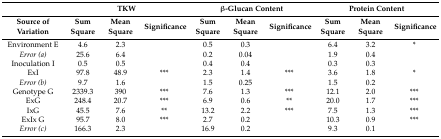
<table><thead><tr><td></td><td colspan="3"><b>TKW</b></td><td colspan="3"><b>β-Glucan Content</b></td><td colspan="3"><b>Protein Content</b></td></tr><tr><td><b>Source of Variation</b></td><td><b>Sum Square</b></td><td><b>Mean Square</b></td><td><b>Significance</b></td><td><b>Sum Square</b></td><td><b>Mean Square</b></td><td><b>Significance</b></td><td><b>Sum Square</b></td><td><b>Mean Square</b></td><td><b>Significance</b></td></tr></thead><tbody><tr><td>Environment E</td><td>4.6</td><td>2.3</td><td></td><td>0.5</td><td>0.3</td><td></td><td>6.4</td><td>3.2</td><td>*</td></tr><tr><td><i>Error (a)</i></td><td>25.6</td><td>6.4</td><td></td><td>0.2</td><td>0.04</td><td></td><td>1.9</td><td>0.4</td><td></td></tr><tr><td>Inoculation I</td><td>0.5</td><td>0.5</td><td></td><td>0.4</td><td>0.4</td><td></td><td>0.3</td><td>0.3</td><td></td></tr><tr><td>ExI</td><td>97.8</td><td>48.9</td><td>***</td><td>2.3</td><td>1.4</td><td>***</td><td>3.6</td><td>1.8</td><td>*</td></tr><tr><td><i>Error (b)</i></td><td>9.7</td><td>1.6</td><td></td><td>1.5</td><td>0.25</td><td></td><td>1.5</td><td>0.2</td><td></td></tr><tr><td>Genotype G</td><td>2339.3</td><td>390</td><td>***</td><td>7.6</td><td>1.3</td><td>***</td><td>12.1</td><td>2.0</td><td>***</td></tr><tr><td>ExG</td><td>248.4</td><td>20.7</td><td>***</td><td>6.9</td><td>0.6</td><td>**</td><td>20.0</td><td>1.7</td><td>***</td></tr><tr><td>IxG</td><td>45.5</td><td>7.6</td><td>**</td><td>13.2</td><td>2.2</td><td>***</td><td>7.5</td><td>1.3</td><td>***</td></tr><tr><td>ExIx G </td><td>95.7</td><td>8.0</td><td>***</td><td>2.7</td><td>0.2</td><td></td><td>10.3</td><td>0.9</td><td>***</td></tr><tr><td><i>Error (c)</i></td><td>166.3</td><td>2.3</td><td></td><td>16.9</td><td>0.2</td><td></td><td>9.3</td><td>0.1</td><td></td></tr></tbody></table>